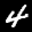
Label: 4